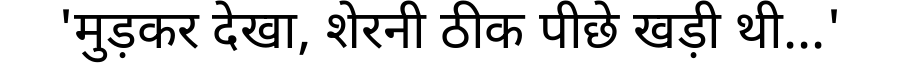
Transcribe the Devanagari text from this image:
'मुड़कर देखा, शेरनी ठीक पीछे खड़ी थी...'